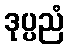
ဒုပ္ပညံ